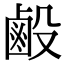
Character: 𪉘